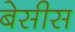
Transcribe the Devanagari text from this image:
बेसीस